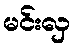
မင်းလှ